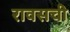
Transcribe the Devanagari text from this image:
रावसची